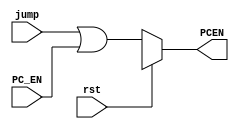
`timescale 1ns / 1ps
//////////////////////////////////////////////////////////////////////////////////
// Company: 
// Engineer: 
// 
// Design Name: 
// Module Name: or0
// Project Name: 
// Target Devices: 
// Tool Versions: 
// Description: 
// 
// Dependencies: 
// 
// Revision:
// Revision 0.01 - File Created
// Additional Comments:
// 
//////////////////////////////////////////////////////////////////////////////////


module or0 
/*** PARAMETERS ***/
#(parameter
    DATA_WL     = 32,
    ADDR_RF_WL  = 5,
    ADDR_MEM    = 32,
    IMMED_WL    = 16,
    JUMP_WL     = 26
)
/*** IN/OUT ***/
(
    // IN
    input   rst,
            jump,
            PC_EN,
    // OUT
    output reg PCEN
);
    always @(*)
    begin
        if(rst) PCEN = 1'bx;
        else PCEN = jump | PC_EN;
    end
endmodule